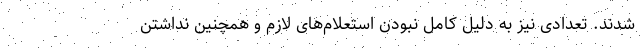
شدند. تعدادی نیز به دلیل کامل نبودن استعلام‌های لازم و همچنین نداشتن